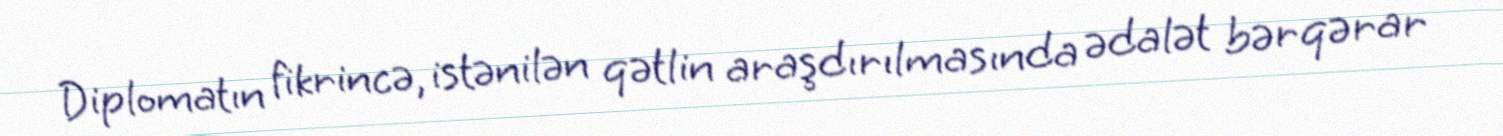
Diplomatın fikrincə, istənilən qətlin araşdırılmasında ədalət bərqərar